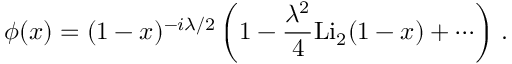
\phi ( x ) = ( 1 - x ) ^ { - i \lambda / 2 } \left( 1 - \frac { \lambda ^ { 2 } } { 4 } \mathrm { L i } _ { 2 } ( 1 - x ) + \cdots \right) \, .